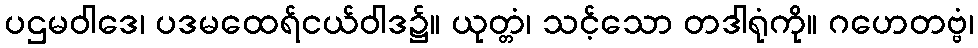
ပဌမဝါဒေ၊ ပဒမထေရ်ငယ်ဝါဒ၌။ ယုတ္တံ၊ သင့်သော တဒါရုံကို။ ဂဟေတဗ္ဗံ၊